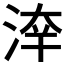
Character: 𣷟